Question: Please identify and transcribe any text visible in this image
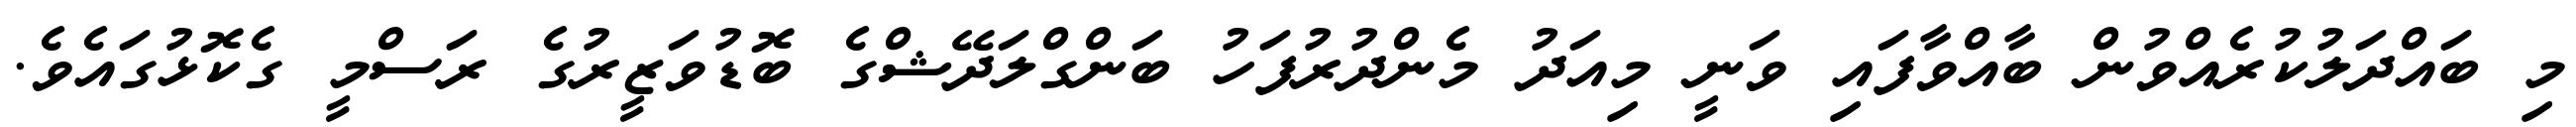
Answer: މި ބައްދަލުކުރެއްވުން ބާއްވާފައި ވަނީ މިއަދު މެންދުރުފަހު ބަންގްލަދޭޝްގެ ބޮޑުވަޒީރުގެ ރަސްމީ ގެކޮޅުގައެވެ.